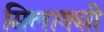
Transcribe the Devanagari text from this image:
सिलाक्सी